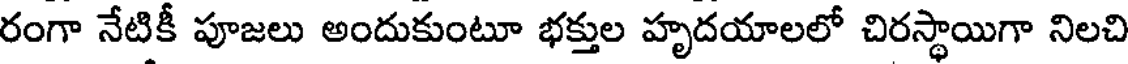
రంగా నేటికీ పూజలు అందుకుంటూ భక్తుల హృదయాలలో చిరస్థాయిగా నిలచి